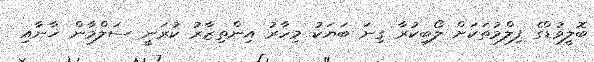
ބޮލީވުޑްގެ ފިލްމުތަކަށް ލޯބިކުރާ ގިނަ ބަޔަކު މިހާރު އިންތިޒާރު ކުރަނީ ސަލްމާން ޚާނާއި